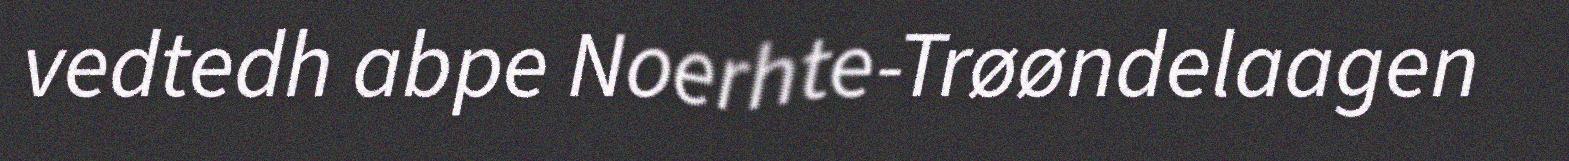
vedtedh abpe Noerhte-Trøøndelaagen